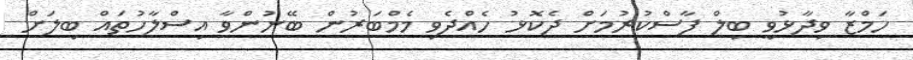
ހަމްޒާ ވިދާޅުވީ ބިލް ފާސްކުރުމަށް ދެކޮޅު ހެއްދެވި މެމްބަރުން ބޭނުންވާ އިސްލާހުތައް ބިލަށް